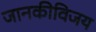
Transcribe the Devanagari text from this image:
जानकीविजय